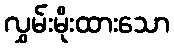
လွှမ်းမိုးထားသော